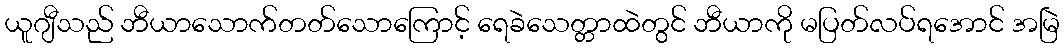
ယူဂျီသည် ဘီယာသောက်တတ်သောကြောင့် ရေခဲသေတ္တာထဲတွင် ဘီယာကို မပြတ်လပ်ရအောင် အမြဲ